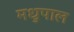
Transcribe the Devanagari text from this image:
मधुपाल